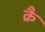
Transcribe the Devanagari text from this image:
क्रै